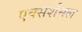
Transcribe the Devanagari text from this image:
एक्सर्शनल